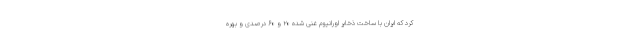
کرد که ایران با ساخت ذخایر اورانیوم غنی شده ۲۰ و ۶۰ درصدی و بهره